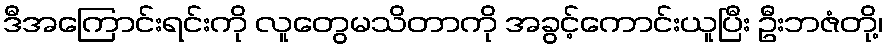
ဒီအကြောင်းရင်းကို လူတွေမသိတာကို အခွင့်ကောင်းယူပြီး ဦးဘဇံတို့၊